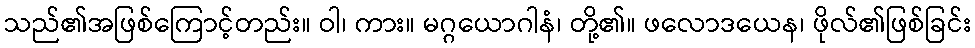
သည်၏အဖြစ်ကြောင့်တည်း။ ဝါ၊ ကား။ မဂ္ဂယောဂါနံ၊ တို့၏။ ဖလောဒယေန၊ ဖိုလ်၏ဖြစ်ခြင်း